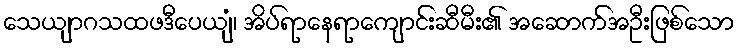
သေယျာဂသထဖဒီပေယျံ၊ အိပ်ရာနေရာကျောင်းဆီမီး၏ အဆောက်အဦးဖြစ်သော